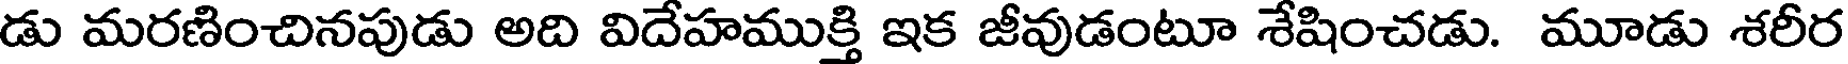
డు మరణించినపుడు అది విదేహముక్తి ఇక జీవుడంటూ శేషించడు. మూడు శరీర